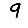
Digit: 9